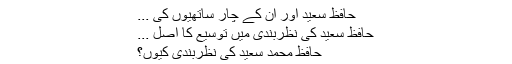
حافظ سعید اور ان کے چار ساتھیوں کی ...
حافظ سعید کی نظربندی میں توسیع کا اصل ...
حافظ محمد سعید کی نظربندی کیوں؟